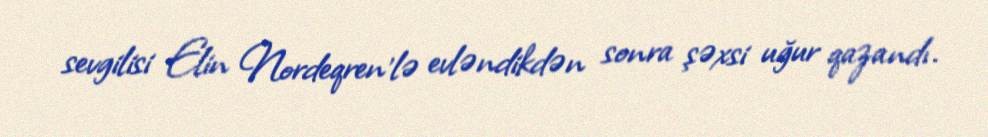
sevgilisi Elin Nordeqren'lə evləndikdən sonra şəxsi uğur qazandı.